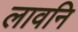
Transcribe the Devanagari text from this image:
लावनि